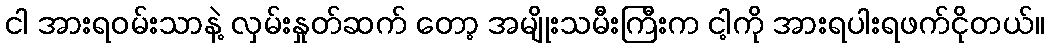
ငါ အားရဝမ်းသာနဲ့ လှမ်းနှုတ်ဆက် တော့ အမျိုးသမီးကြီးက ငါ့ကို အားရပါးရဖက်ငိုတယ်။